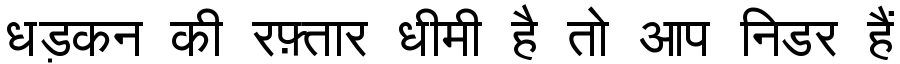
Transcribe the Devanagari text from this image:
धड़कन की रफ़्तार धीमी है तो आप निडर हैं